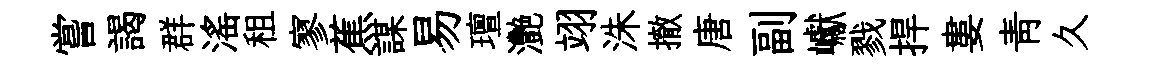
嘗謁群滛租寥蕉謀易璮灧翊洙撤唐副巘戮捍婁青久